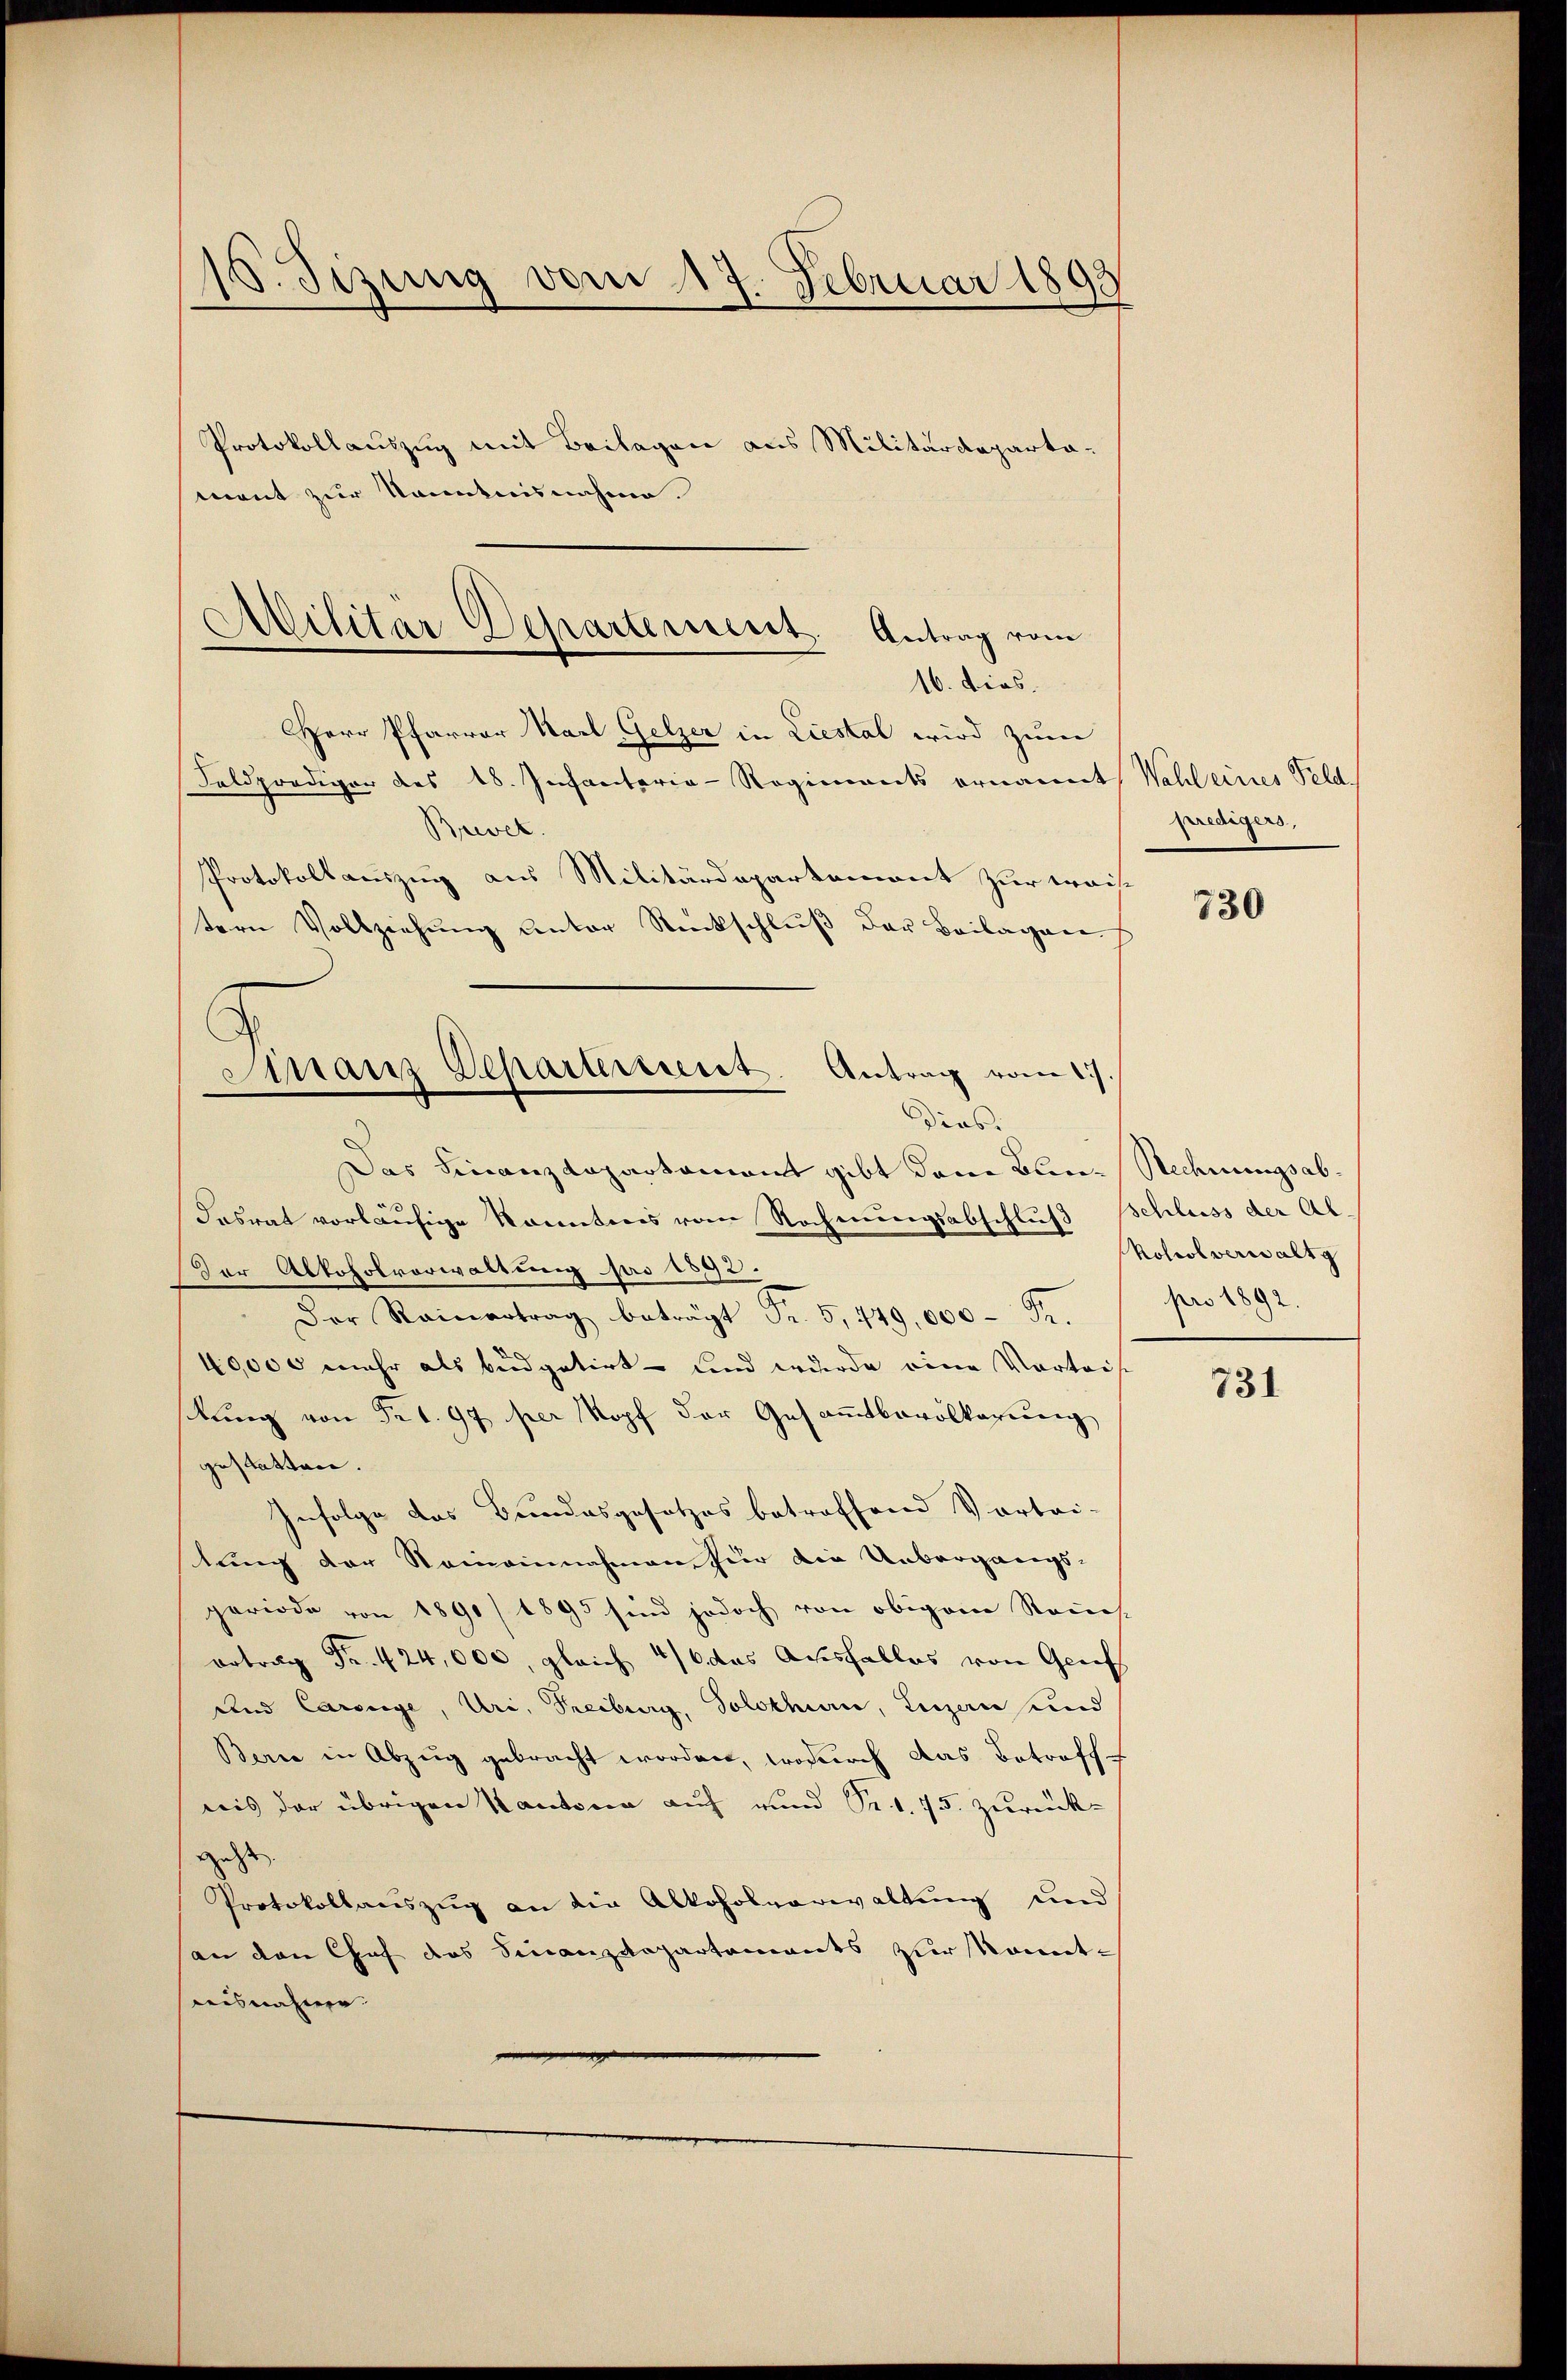
15. Sizung vom 17. Februar 1893

Protokollauszug mit Beilagen aus Militärdepartamant zur Kenntnisnahme.
Feldprediger des 18. Infanterie-Regiments ernannt
Brevet.
Protokollauszug aus Militärdepartement zur weit
tern Vollziehŭng unter Rückschlŭβ der Beilagere
Das Finanzdepartament gibt dem Bun-Rechnungsab¬
Fasrat vorläufige konntens vom Rechnungsabschluß Schluss der Al
Der Abkoholverwaltung pro 1892.
Der Rainertrag beträgt Fr. 5, 449,000 Fr.
40,000 mehr als Budgetirt – sind wurde eine Vortrifkung von Fr. 1. 97 per Kopf der Gesammtbevölkerung
gestatten.
Infolge das Bundesgesetzes betreffend Vortei-
lung der Reineinnahmen für die Uebergangs-
periode von 1890/ 1895 sind jedoch von obigem Raus
ertrag Fr. 424,000, gleich 46 das Ausfalles von Geifs
und Carriege, Uri, Freiburg, Solothurn, Luzern und
Berne in Abzug gebracht worden, wodurch das Betroffe
nis der übrigen Kantona auf rund Sr. 1. 75. zurück-
gasse
Protokollauszug an die Alkoholverwaltung und
an den Chef das Finanzdepartements zur Komit¬
Reisnahmen.

Militär Departement. Antrag vom
16. dies.
Herr Pfarrer Karl Gelzer in Liestal wird zum

g
Finanz Departerreist. Antrag vom 17.
Dies

Wahl eines Feld
predigers,

730

Notrol verwaltg
pro 1892.

731